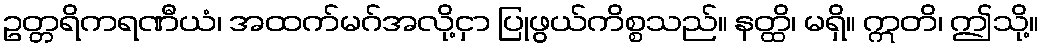
ဥတ္တရိကရဏီယံ၊ အထက်မဂ်အလို့ငှာ ပြုဖွယ်ကိစ္စသည်။ နတ္ထိ၊ မရှိ။ ဣတိ၊ ဤသို့။